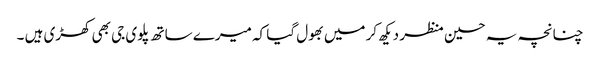
چنانچہ یہ حسین منظر دیکھ کر میں بھول گیا کہ میرے ساتھ پلوی جی بھی کھڑی ہیں ۔